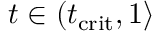
t \in ( t _ { \mathrm { c r i t } } , 1 \rangle